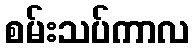
စမ်းသပ်ကာလ